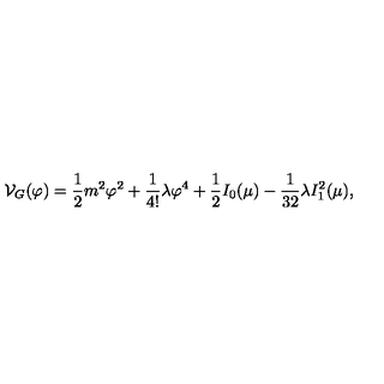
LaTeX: { \cal V } _ { G } ( \varphi ) = { \frac { 1 } { 2 } } m ^ { 2 } \varphi ^ { 2 } + { \frac { 1 } { 4 ! } } \lambda \varphi ^ { 4 } + { \frac { 1 } { 2 } } I _ { 0 } ( \mu ) - { \frac { 1 } { 3 2 } } \lambda I _ { 1 } ^ { 2 } ( \mu ) ,